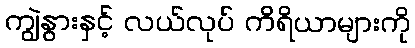
ကျွဲနွားနှင့် လယ်လုပ် ကိရိယာများကို